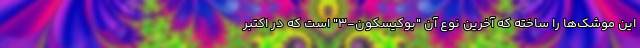
این موشک‌ها را ساخته که آخرین نوع آن "بوکیسکون-۳" است که در اکتبر